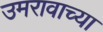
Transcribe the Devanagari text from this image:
उमरावाच्या